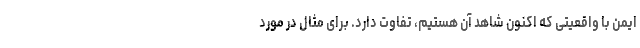
ایمن با واقعیتی که اکنون شاهد آن هستیم، تفاوت دارد. برای مثال در مورد